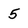
Character: 5